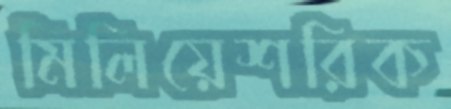
মিলিয়েশরিক